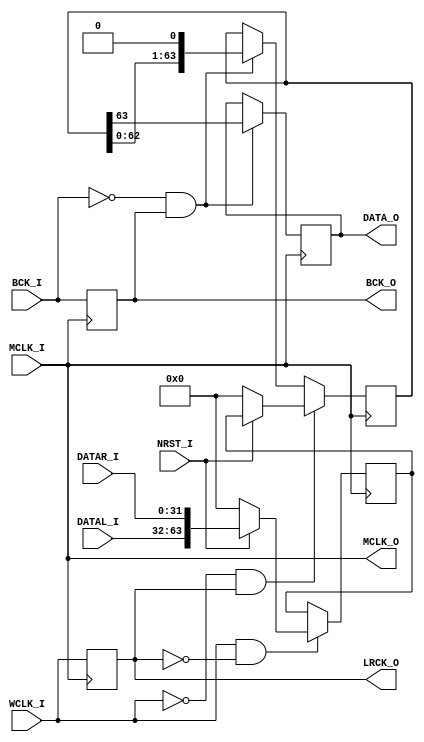
// This program was cloned from: https://github.com/AUDIY/AUDIY_Verilog_IP
// License: CERN Open Hardware Licence Version 2 - Permissive

/*-----------------------------------------------------------------------------
* PCM_I2S_CONV_MASTER.v
*
* PCM to I2S Converter (Synchronous w/ MCLK)
* 
* Version: 0.11
* 
* Port
*   Input
*       MCLK_I : Master Clock Input (x2 or more faster than BCK_I).
*       BCK_I  : PCM Bit Clock Input
*       WCLK_I : PCM Word Clock Input
*       DATAL_I: PCM Left Data Input
*       DATAR_I: PCM Right Data Input
*       NRST_I : Synchronous Reset Input (Active Low).
*
*   Output
*       MCLK_O : Master Clock Output (Pass-through MCLK_I).
*       BCK_O  : I2S Bit Clock Output.
*       LRCK_O : I2S L/R Clock Output.
*       DATA_O : I2S Data Output.
*
* Parameters
*   PCM_BIT_WIDTH: PCM Bit Length (Default: 32)
*
* License under CERN-OHL-P v2
--------------------------------------------------------------------------------
| Copyright AUDIY 2024.                                                        |
|                                                                              |
| This source describes Open Hardware and is licensed under the CERN-OHL-P v2. |
|                                                                              |
| You may redistribute and modify this source and make products using it under |
| the terms of the CERN-OHL-P v2 (https:/cern.ch/cern-ohl).                    |
|                                                                              |
| This source is distributed WITHOUT ANY EXPRESS OR IMPLIED WARRANTY,          |
| INCLUDING OF MERCHANTABILITY, SATISFACTORY QUALITY AND FITNESS FOR A         |
| PARTICULAR PURPOSE. Please see the CERN-OHL-P v2 for applicable conditions.  |
--------------------------------------------------------------------------------
*
-----------------------------------------------------------------------------*/
module PCM_I2S_CONV_MASTER #(
    /* Parameter Definition */
    parameter PCM_BIT_WIDTH = 32
)(
    /* Input Port Definition */
    input  wire                            MCLK_I,
    input  wire                            BCK_I,
    input  wire                            WCLK_I,
    input  wire signed [PCM_BIT_WIDTH-1:0] DATAL_I,
    input  wire signed [PCM_BIT_WIDTH-1:0] DATAR_I,
    input  wire                            NRST_I,

    /* Output Port Definition */
    output wire                            MCLK_O,
    output wire                            BCK_O,
    output wire                            LRCK_O,
    output wire                            DATA_O
);

    /* Internal Register/Wire Definition */
    reg                       WCLK_REG   = 1'b1;
    reg                       BCK_REG    = 1'b1;
    reg [2*PCM_BIT_WIDTH-1:0] DATA_REG_p = {(2*PCM_BIT_WIDTH){1'b0}};
    reg [2*PCM_BIT_WIDTH-1:0] DATA_REG_n = {(2*PCM_BIT_WIDTH){1'b0}};
    reg                       DATAO_REG  = 1'b0;

    /* RTL */
    always @(posedge MCLK_I) begin
        WCLK_REG <= WCLK_I;
        BCK_REG  <= BCK_I;

        if ((WCLK_I & ~WCLK_REG) == 1'b1) begin
            /* posedge WCLK_I*/
            if (NRST_I == 1'b0) begin
                /* Mute While Reset */
                DATA_REG_p <= {(2*PCM_BIT_WIDTH){1'b0}};
            end else begin
                /* Store PCM Data to Data Register */
                DATA_REG_p <= {DATAL_I, DATAR_I};
            end
        end
        
        if ((~WCLK_I & WCLK_REG) == 1'b1) begin
            /* negedge WCLK_I */
            if (NRST_I == 1'b0) begin
                /* Mute While Reset */
                DATA_REG_n <= {(2*PCM_BIT_WIDTH){1'b0}};
            end else begin
                DATA_REG_n <= DATA_REG_p;
            end
        end else if ((~BCK_I & BCK_REG) == 1'b1) begin
            DATA_REG_n <= DATA_REG_n << 1;
        end

        if ((~BCK_I & BCK_REG) == 1'b1) begin
            DATAO_REG <= DATA_REG_n[2*PCM_BIT_WIDTH-1];
        end
    end

    /* Output Assign */
    assign MCLK_O = MCLK_I;
    assign BCK_O  = BCK_REG;
    assign LRCK_O = WCLK_REG;
    assign DATA_O = DATAO_REG;

endmodule